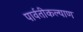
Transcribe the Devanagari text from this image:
पार्वतीकल्याण